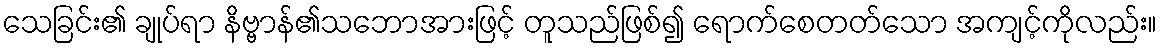
သေခြင်း၏ ချုပ်ရာ နိဗ္ဗာန်၏သဘောအားဖြင့် တူသည်ဖြစ်၍ ရောက်စေတတ်သော အကျင့်ကိုလည်း။